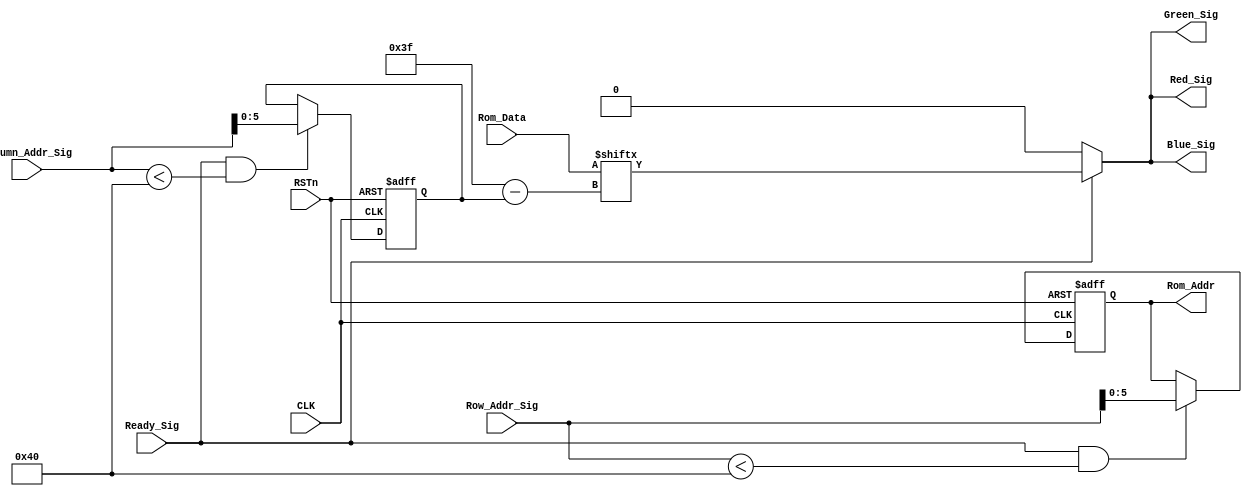
module vga_control_module
(
    CLK, RSTn,
	 Ready_Sig, Column_Addr_Sig, Row_Addr_Sig,
	 Rom_Data, Rom_Addr,
	 Red_Sig, Green_Sig, Blue_Sig
);
     input CLK;
	 input RSTn;
	 input Ready_Sig;
	 input [10:0]Column_Addr_Sig;
	 input [10:0]Row_Addr_Sig;
	 
	 input [63:0]Rom_Data;
	 output [5:0]Rom_Addr;
	 
	 output Red_Sig;
	 output Green_Sig;
	 output Blue_Sig;
	
	 /**********************************/
	 //register m is to read the row addr
	 reg [5:0]m;
	 
	 always @ ( posedge CLK or negedge RSTn )
	     if( !RSTn )
		      m <= 6'd0; 
		  else if( Ready_Sig && Row_Addr_Sig < 64 )
		      m <= Row_Addr_Sig[5:0];
				
	/************************************/
	// register n is to read the column addr
	reg [5:0]n;
	
	always @ ( posedge CLK or negedge RSTn )
	    if( !RSTn )
		     n <= 6'd0;
		 else if( Ready_Sig && Column_Addr_Sig < 64 )
		     n <= Column_Addr_Sig[5:0];			  
				
	/************************************/
	
    assign Rom_Addr = m;		//used row address to read data frome ROM
	
	 assign Red_Sig =  Ready_Sig ? Rom_Data[ 6'd63 - n ] : 1'b0;
	 assign Green_Sig = Ready_Sig ? Rom_Data[ 6'd63 - n ] : 1'b0;
	 assign Blue_Sig = Ready_Sig ? Rom_Data[ 6'd63 - n ] : 1'b0;
	 
	/***********************************/
	 

endmodule